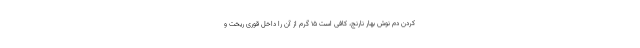
کردن دم نوش بهار نارنج، کافی است ۱۵ گرم از آن را داخل قوری ریخت و